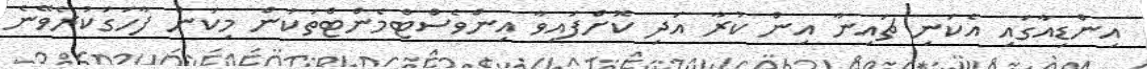
އިންޑިއާގައި އެކަނި ޗައިނާ އިން ކުރާ އަދި ކޮށްފައިވާ އިންވެސްޓްމެންޓްތަކުން މިކަން ފާހަގަކުރެވޭނެ